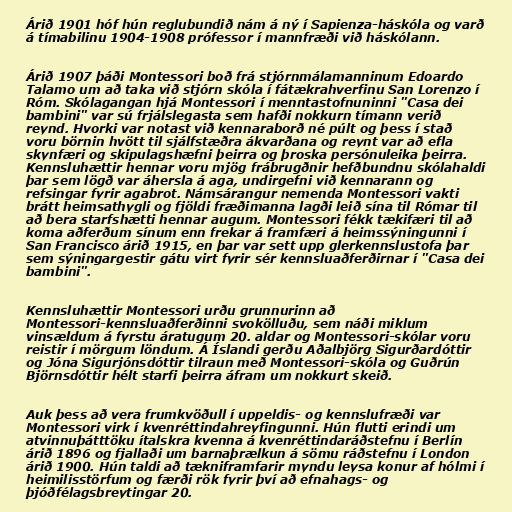
Árið 1901 hóf hún reglubundið nám á ný í Sapienza-háskóla og varð
á tímabilinu 1904-1908 prófessor í mannfræði við háskólann.

Árið 1907 þáði Montessori boð frá stjórnmálamanninum Edoardo
Talamo um að taka við stjórn skóla í fátækrahverfinu San Lorenzo í
Róm. Skólagangan hjá Montessori í menntastofnuninni "Casa dei
bambini" var sú frjálslegasta sem hafði nokkurn tímann verið
reynd. Hvorki var notast við kennaraborð né púlt og þess í stað
voru börnin hvött til sjálfstæðra ákvarðana og reynt var að efla
skynfæri og skipulagshæfni þeirra og þroska persónuleika þeirra.
Kennsluhættir hennar voru mjög frábrugðnir hefðbundnu skólahaldi
þar sem lögð var áhersla á aga, undirgefni við kennarann og
refsingar fyrir agabrot. Námsárangur nemenda Montessori vakti
brátt heimsathygli og fjöldi fræðimanna lagði leið sína til Rómar til
að bera starfshætti hennar augum. Montessori fékk tækifæri til að
koma aðferðum sínum enn frekar á framfæri á heimssýningunni í
San Francisco árið 1915, en þar var sett upp glerkennslustofa þar
sem sýningargestir gátu virt fyrir sér kennsluaðferðirnar í "Casa dei
bambini".

Kennsluhættir Montessori urðu grunnurinn að
Montessori-kennsluaðferðinni svokölluðu, sem náði miklum
vinsældum á fyrstu áratugum 20. aldar og Montessori-skólar voru
reistir í mörgum löndum. Á Íslandi gerðu Aðalbjörg Sigurðardóttir
og Jóna Sigurjónsdóttir tilraun með Montessori-skóla og Guðrún
Björnsdóttir hélt starfi þeirra áfram um nokkurt skeið.

Auk þess að vera frumkvöðull í uppeldis- og kennslufræði var
Montessori virk í kvenréttindahreyfingunni. Hún flutti erindi um
atvinnuþátttöku ítalskra kvenna á kvenréttindaráðstefnu í Berlín
árið 1896 og fjallaði um barnaþrælkun á sömu ráðstefnu í London
árið 1900. Hún taldi að tækniframfarir myndu leysa konur af hólmi í
heimilisstörfum og færði rök fyrir því að efnahags- og
þjóðfélagsbreytingar 20.